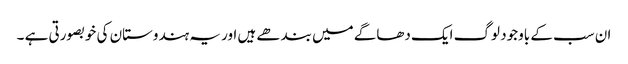
ان سب کے باوجود لوگ ایک دھاگے میں بندھے ہیں اور یہ ہندوستان کی خوبصورتی ہے ۔